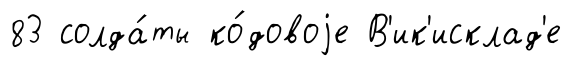
83 солда́ты ко́довоjе В'ик'исклад'е